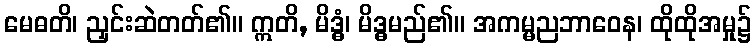
မေဓတိ၊ ညှင်းဆဲတတ်၏။ ဣတိ, မိဒ္ဓံ၊ မိဒ္ဓမည်၏။ အကမ္မညဘာဝေန၊ ထိုထိုအမှု၌